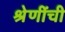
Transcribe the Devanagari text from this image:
श्रेणींची